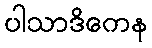
ပါသာဒိကေန